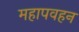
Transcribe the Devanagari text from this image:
महापवहन